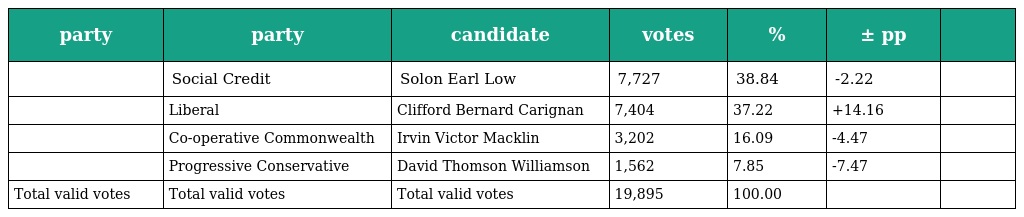
| party | party | candidate | votes | % | ± pp |  |
 | --- | --- | --- | --- | --- | --- | --- |
 |  | Social Credit | Solon Earl Low | 7,727 | 38.84 | -2.22 |  |
 |  | Liberal | Clifford Bernard Carignan | 7,404 | 37.22 | +14.16 |  |
 |  | Co-operative Commonwealth | Irvin Victor Macklin | 3,202 | 16.09 | -4.47 |  |
 |  | Progressive Conservative | David Thomson Williamson | 1,562 | 7.85 | -7.47 |  |
 | Total valid votes | Total valid votes | Total valid votes | 19,895 | 100.00 |  |  |